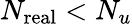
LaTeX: N_{\mathrm{real}}<N_{u}